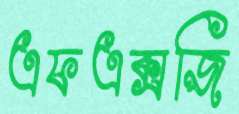
এফএক্সজি